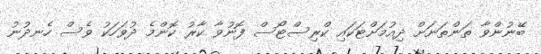
ބޭނުންވާ ތަންތަނަށް ދިއުމަށްޓަކައި ކްރިސްޓޯސް ފޮނުވާ ކާރު ކޮންމެ ދުވަހަކު ވެސް ހެނދުނު